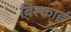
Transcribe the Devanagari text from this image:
बिस्काई